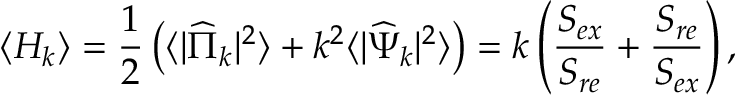
\langle H _ { k } \rangle = { \frac { 1 } { 2 } } \left( \langle | { \widehat \Pi } _ { k } | ^ { 2 } \rangle + k ^ { 2 } \langle | { \widehat \Psi } _ { k } | ^ { 2 } \rangle \right) = k \left( { \frac { S _ { e x } } { S _ { r e } } } + { \frac { S _ { r e } } { S _ { e x } } } \right) ,